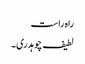
راہ راست
لطیف چوہدری۔